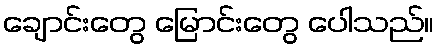
ချောင်းတွေ မြောင်းတွေ ပေါသည်။